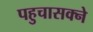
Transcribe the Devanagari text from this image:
पहुचासक्ने